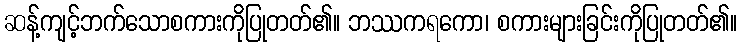
ဆန့်ကျင့်ဘက်သောစကားကိုပြုတတ်၏။ ဘဿကရကော၊ စကားများခြင်းကိုပြုတတ်၏။